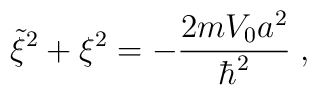
\tilde{\xi}^2+ \xi^{2} = - \frac{2 mV_{0} a^{2} }{ \hbar^{2}}\; ,